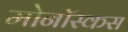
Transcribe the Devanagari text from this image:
मोनॉस्कस